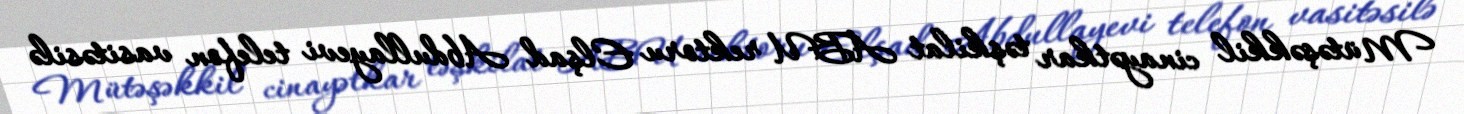
Mütəşəkkil cinayətkar təşkilat ABU rektoru Elşad Abdullayevi telefon vasitəsilə